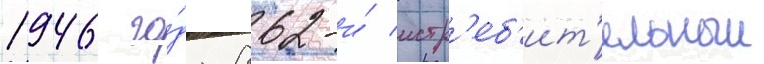
1946 го́да 862-и́ истр'еб'ит'ельныи